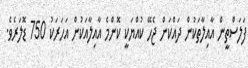
ފަލަަސްތީން އާއިލާތަކުން ދައްކަން ޖެހޭ ކުއްޔަކީ ކޮންމެ އާއިލާއަކުން އަހަރަކު 750 ޑޮލަރެވެ.